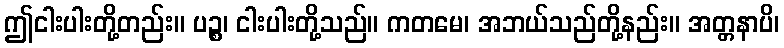
ဤငါးပါးတို့တည်း။ ပဉ္စ၊ ငါးပါးတို့သည်။ ကတမေ၊ အဘယ်သည်တို့နည်း။ အတ္တနာပိ၊